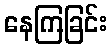
နေကြခြင်း